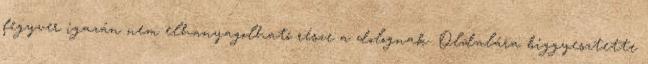
fegyver igazán nem elhanyagolható része a dolognak. Oldalára biggyesztette